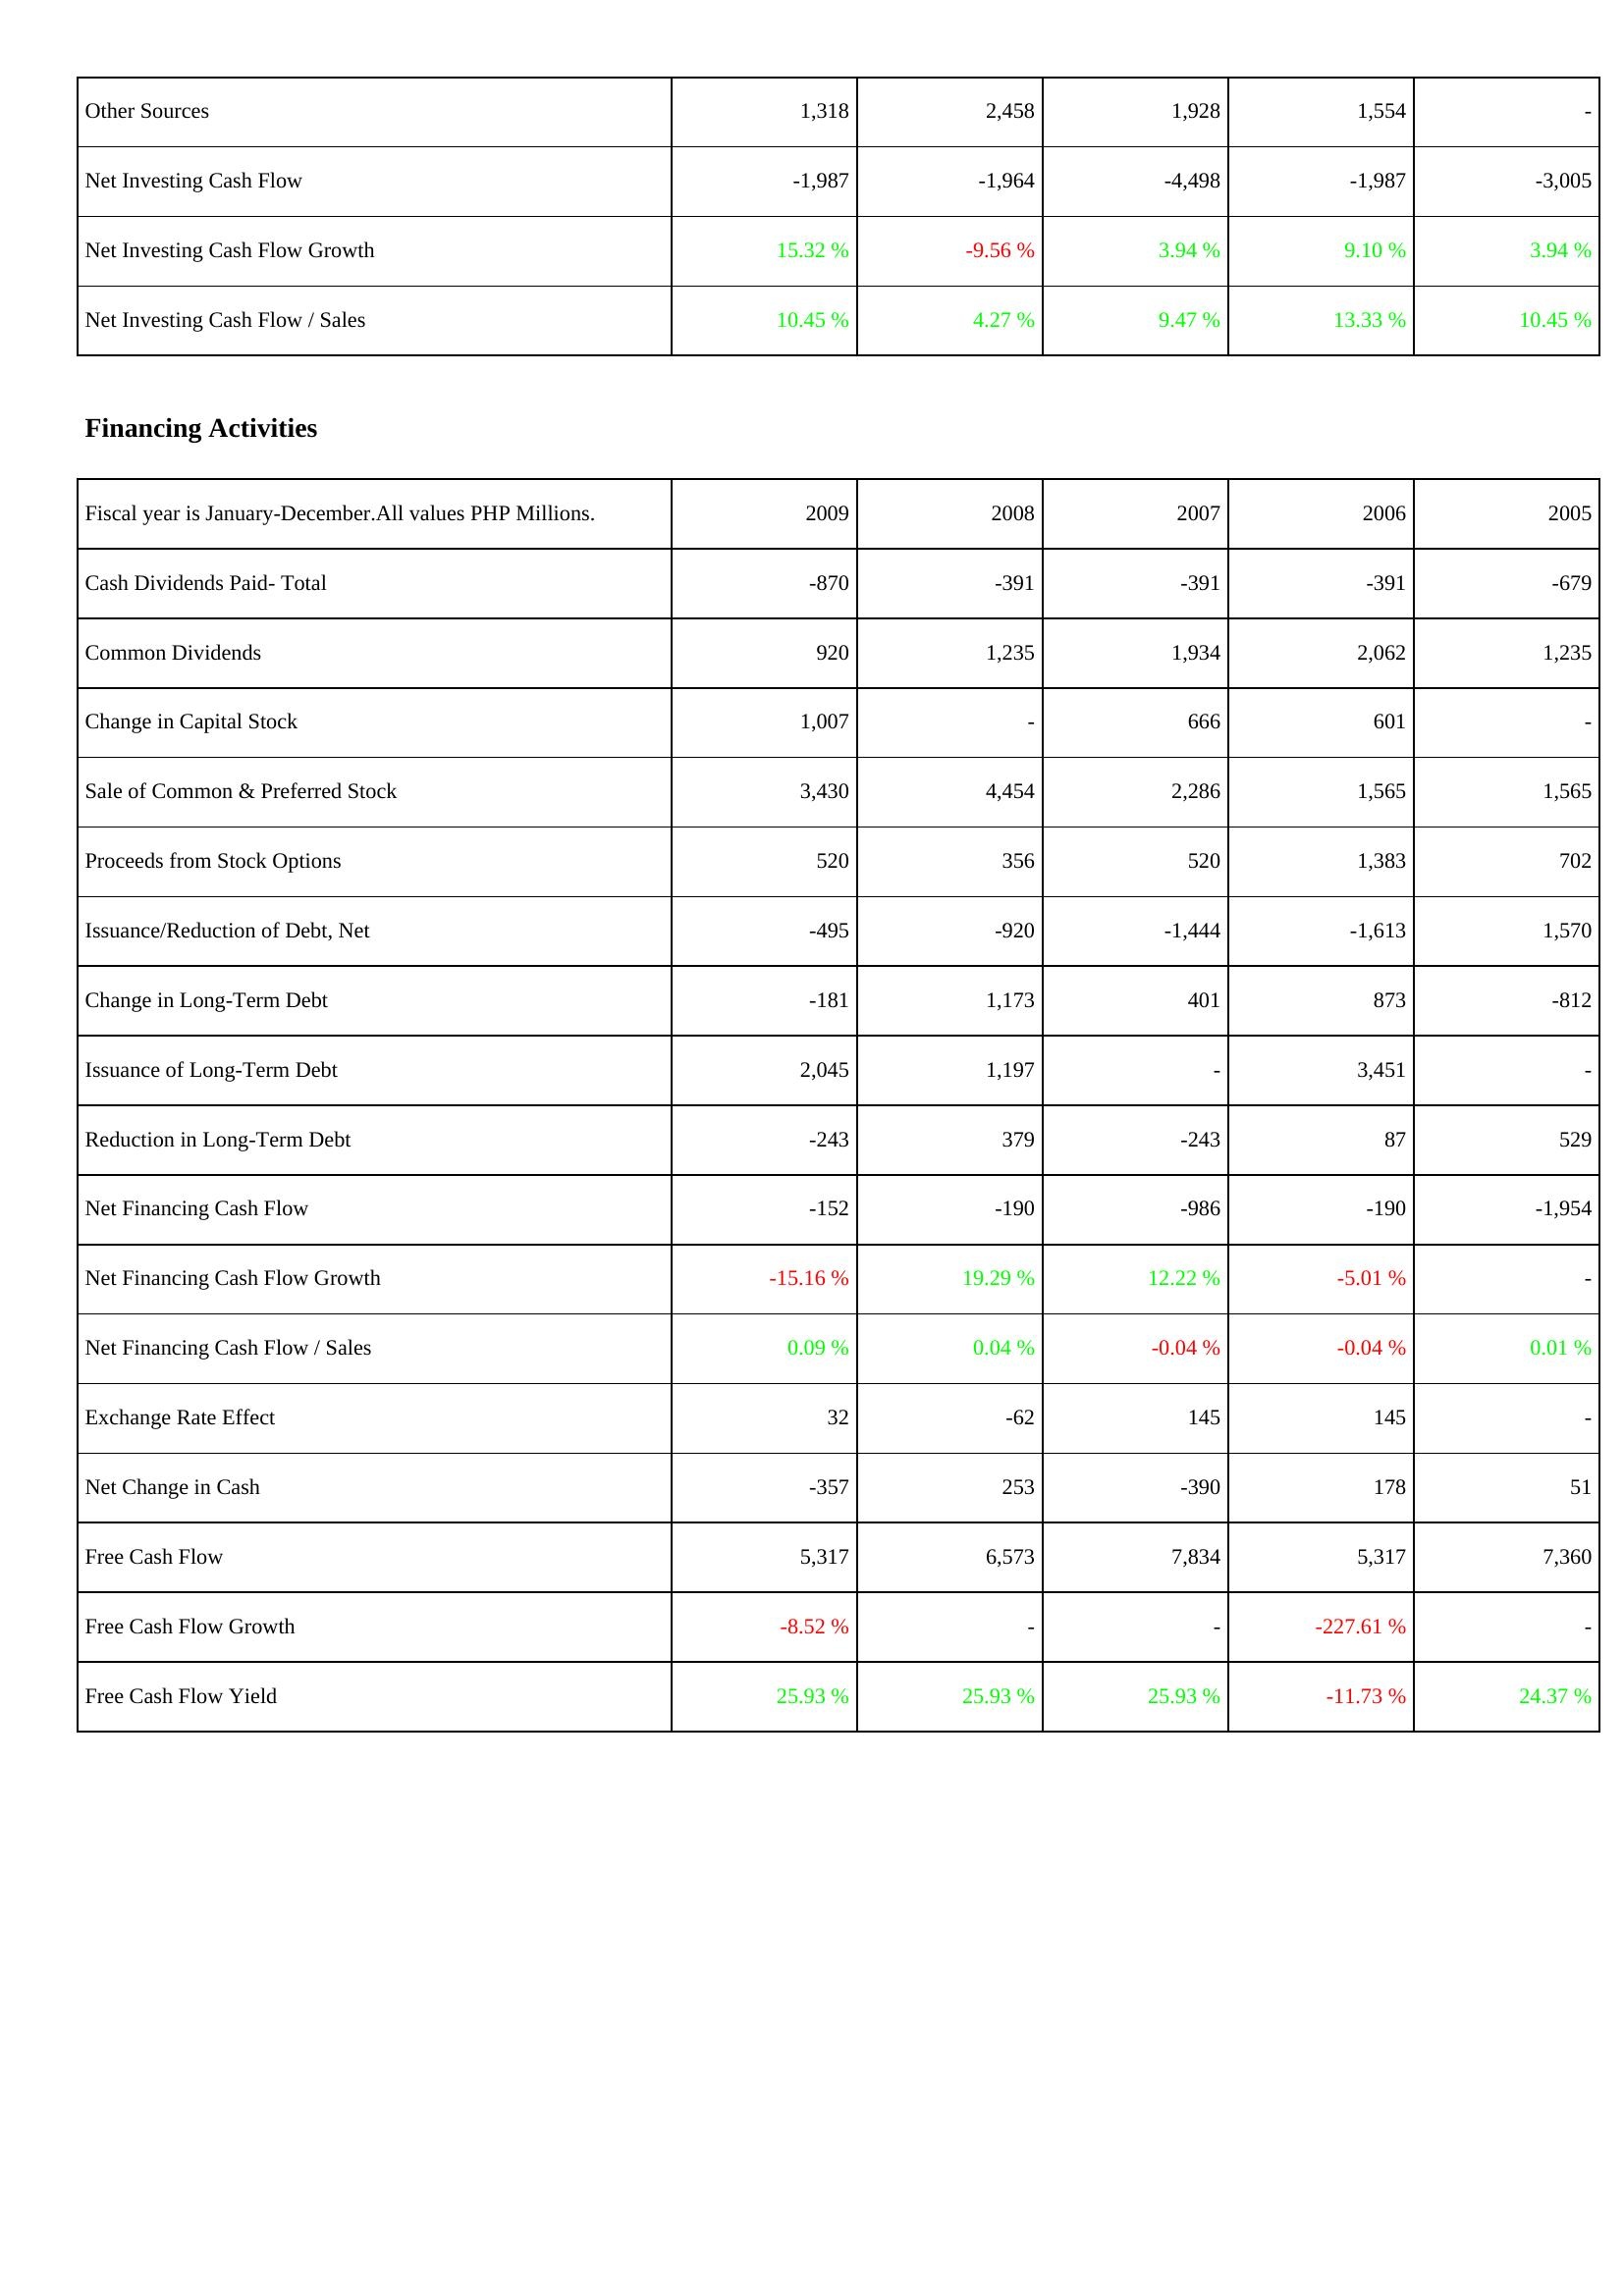
2009: Investing Activities: Other Sources: 1,318
Net Investing Cash Flow: -1,987
Net Investing Cash Flow Growth: 15.32 %
Net Investing Cash Flow / Sales: 10.45 %
Financing Activities: Cash Dividends Paid- Total: -870
Common Dividends: 920
Change in Capital Stock: 1,007
Sale of Common & Preferred Stock: 3,430
Proceeds from Stock Options: 520
Issuance/Reduction of Debt, Net: -495
Change in Long-Term Debt: -181
Issuance of Long-Term Debt: 2,045
Reduction in Long-Term Debt: -243
Net Financing Cash Flow: -152
Net Financing Cash Flow Growth: -15.16 %
Net Financing Cash Flow / Sales: 0.09 %
Exchange Rate Effect: 32
Net Change in Cash: -357
Free Cash Flow: 5,317
Free Cash Flow Growth: -8.52 %
Free Cash Flow Yield: 25.93 %
2008: Investing Activities: Other Sources: 2,458
Net Investing Cash Flow: -1,964
Net Investing Cash Flow Growth: -9.56 %
Net Investing Cash Flow / Sales: 4.27 %
Financing Activities: Cash Dividends Paid- Total: -391
Common Dividends: 1,235
Change in Capital Stock: -
Sale of Common & Preferred Stock: 4,454
Proceeds from Stock Options: 356
Issuance/Reduction of Debt, Net: -920
Change in Long-Term Debt: 1,173
Issuance of Long-Term Debt: 1,197
Reduction in Long-Term Debt: 379
Net Financing Cash Flow: -190
Net Financing Cash Flow Growth: 19.29 %
Net Financing Cash Flow / Sales: 0.04 %
Exchange Rate Effect: -62
Net Change in Cash: 253
Free Cash Flow: 6,573
Free Cash Flow Growth: -
Free Cash Flow Yield: 25.93 %
2007: Investing Activities: Other Sources: 1,928
Net Investing Cash Flow: -4,498
Net Investing Cash Flow Growth: 3.94 %
Net Investing Cash Flow / Sales: 9.47 %
Financing Activities: Cash Dividends Paid- Total: -391
Common Dividends: 1,934
Change in Capital Stock: 666
Sale of Common & Preferred Stock: 2,286
Proceeds from Stock Options: 520
Issuance/Reduction of Debt, Net: -1,444
Change in Long-Term Debt: 401
Issuance of Long-Term Debt: -
Reduction in Long-Term Debt: -243
Net Financing Cash Flow: -986
Net Financing Cash Flow Growth: 12.22 %
Net Financing Cash Flow / Sales: -0.04 %
Exchange Rate Effect: 145
Net Change in Cash: -390
Free Cash Flow: 7,834
Free Cash Flow Growth: -
Free Cash Flow Yield: 25.93 %
2006: Investing Activities: Other Sources: 1,554
Net Investing Cash Flow: -1,987
Net Investing Cash Flow Growth: 9.10 %
Net Investing Cash Flow / Sales: 13.33 %
Financing Activities: Cash Dividends Paid- Total: -391
Common Dividends: 2,062
Change in Capital Stock: 601
Sale of Common & Preferred Stock: 1,565
Proceeds from Stock Options: 1,383
Issuance/Reduction of Debt, Net: -1,613
Change in Long-Term Debt: 873
Issuance of Long-Term Debt: 3,451
Reduction in Long-Term Debt: 87
Net Financing Cash Flow: -190
Net Financing Cash Flow Growth: -5.01 %
Net Financing Cash Flow / Sales: -0.04 %
Exchange Rate Effect: 145
Net Change in Cash: 178
Free Cash Flow: 5,317
Free Cash Flow Growth: -227.61 %
Free Cash Flow Yield: -11.73 %
2005: Investing Activities: Other Sources: -
Net Investing Cash Flow: -3,005
Net Investing Cash Flow Growth: 3.94 %
Net Investing Cash Flow / Sales: 10.45 %
Financing Activities: Cash Dividends Paid- Total: -679
Common Dividends: 1,235
Change in Capital Stock: -
Sale of Common & Preferred Stock: 1,565
Proceeds from Stock Options: 702
Issuance/Reduction of Debt, Net: 1,570
Change in Long-Term Debt: -812
Issuance of Long-Term Debt: -
Reduction in Long-Term Debt: 529
Net Financing Cash Flow: -1,954
Net Financing Cash Flow Growth: -
Net Financing Cash Flow / Sales: 0.01 %
Exchange Rate Effect: -
Net Change in Cash: 51
Free Cash Flow: 7,360
Free Cash Flow Growth: -
Free Cash Flow Yield: 24.37 %